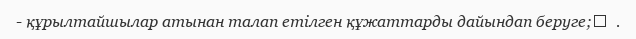
- құрылтайшылар атынан талап етілген құжаттарды дайындап беруге;	  .